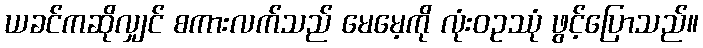
ယခင်ကဆိုလျှင် စကားလက်သည် မေမေ့ကို လုံးဝဥဿုံ ဖွင့်ပြောသည်။